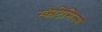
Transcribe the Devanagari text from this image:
स्कैप्टिसिज्म